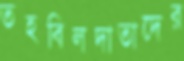
তহবিলদাতাদের